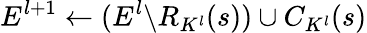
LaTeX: E^{l+1}\gets(E^{l}\backslash R_{K^{l}}(s))\cup C_{K^{l}}(s)